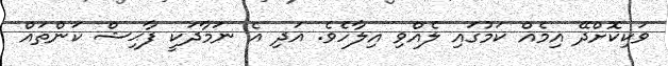
ވަކިކޮށްދޭ އިމެއް ކަމުގައި ލެއްވި އިލާހެވެ. އަދި އެ ނަމާދަކީ ފާޙިޝް ކަންތައް